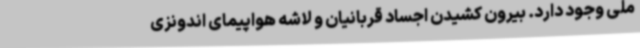
ملی وجود دارد. بیرون کشیدن اجساد قربانیان و لاشه هواپیمای اندونزی